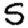
Digit: 5